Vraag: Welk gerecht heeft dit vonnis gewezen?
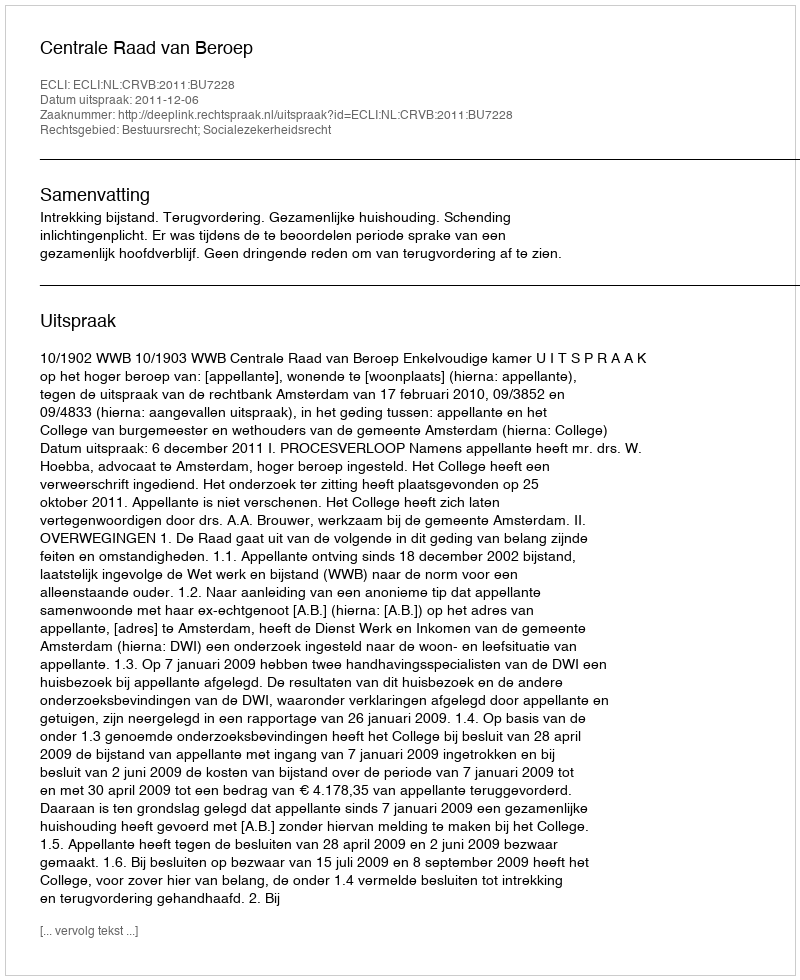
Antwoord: Centrale Raad van Beroep